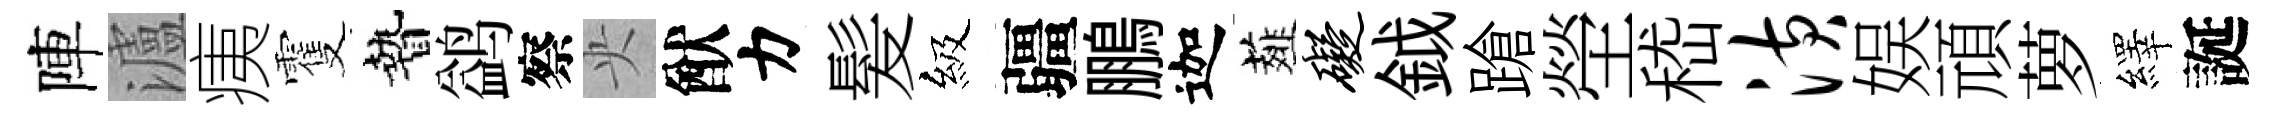
陣瀘痍䨥贄鹢察央猷力髪級疆鵬迦薤碍鉞蹌塋嵇潢娱頑萝繹誕